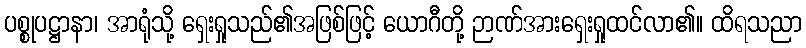
ပစ္စုပဋ္ဌာနာ၊ အာရုံသို့ ရှေးရှုသည်၏အဖြစ်ဖြင့် ယောဂီတို့ ဉာဏ်အားရှေးရှုထင်လာ၏။ ထိရသညာ